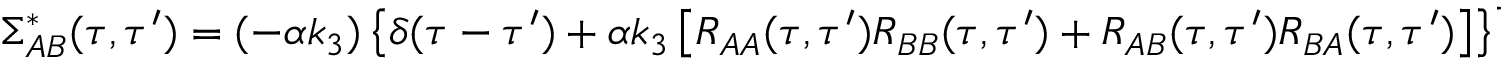
{ } \Sigma _ { A B } ^ { * } ( \tau , \tau ^ { \prime } ) = ( - \alpha k _ { 3 } ) \left\{ \delta ( \tau - \tau ^ { \prime } ) + \alpha k _ { 3 } \left[ R _ { A A } ( \tau , \tau ^ { \prime } ) R _ { B B } ( \tau , \tau ^ { \prime } ) + R _ { A B } ( \tau , \tau ^ { \prime } ) R _ { B A } ( \tau , \tau ^ { \prime } ) \right] \right\} ^ { - 1 } \mu _ { A } ( \tau ^ { \prime } )